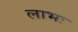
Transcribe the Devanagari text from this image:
लाभः